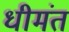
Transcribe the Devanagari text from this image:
धीमंत